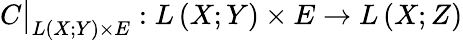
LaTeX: C{\big\vert}_{L\left(X;Y\right)\times E}:L\left(X;Y\right)\times E\to L\left(X;Z\right)